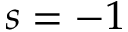
s = - 1